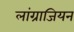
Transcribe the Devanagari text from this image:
लांग्राजियन